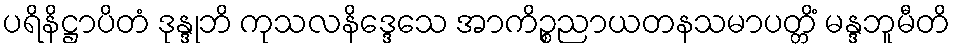
ပရိနိဋ္ဌာပိတံ ဒုန္ဒုဘိ ကုသလနိဒ္ဒေသေ အာကိဉ္စညာယတနသမာပတ္တိံ မန္ဒဘူမီတိ